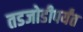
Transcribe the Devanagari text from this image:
तडजोडीपर्यंत